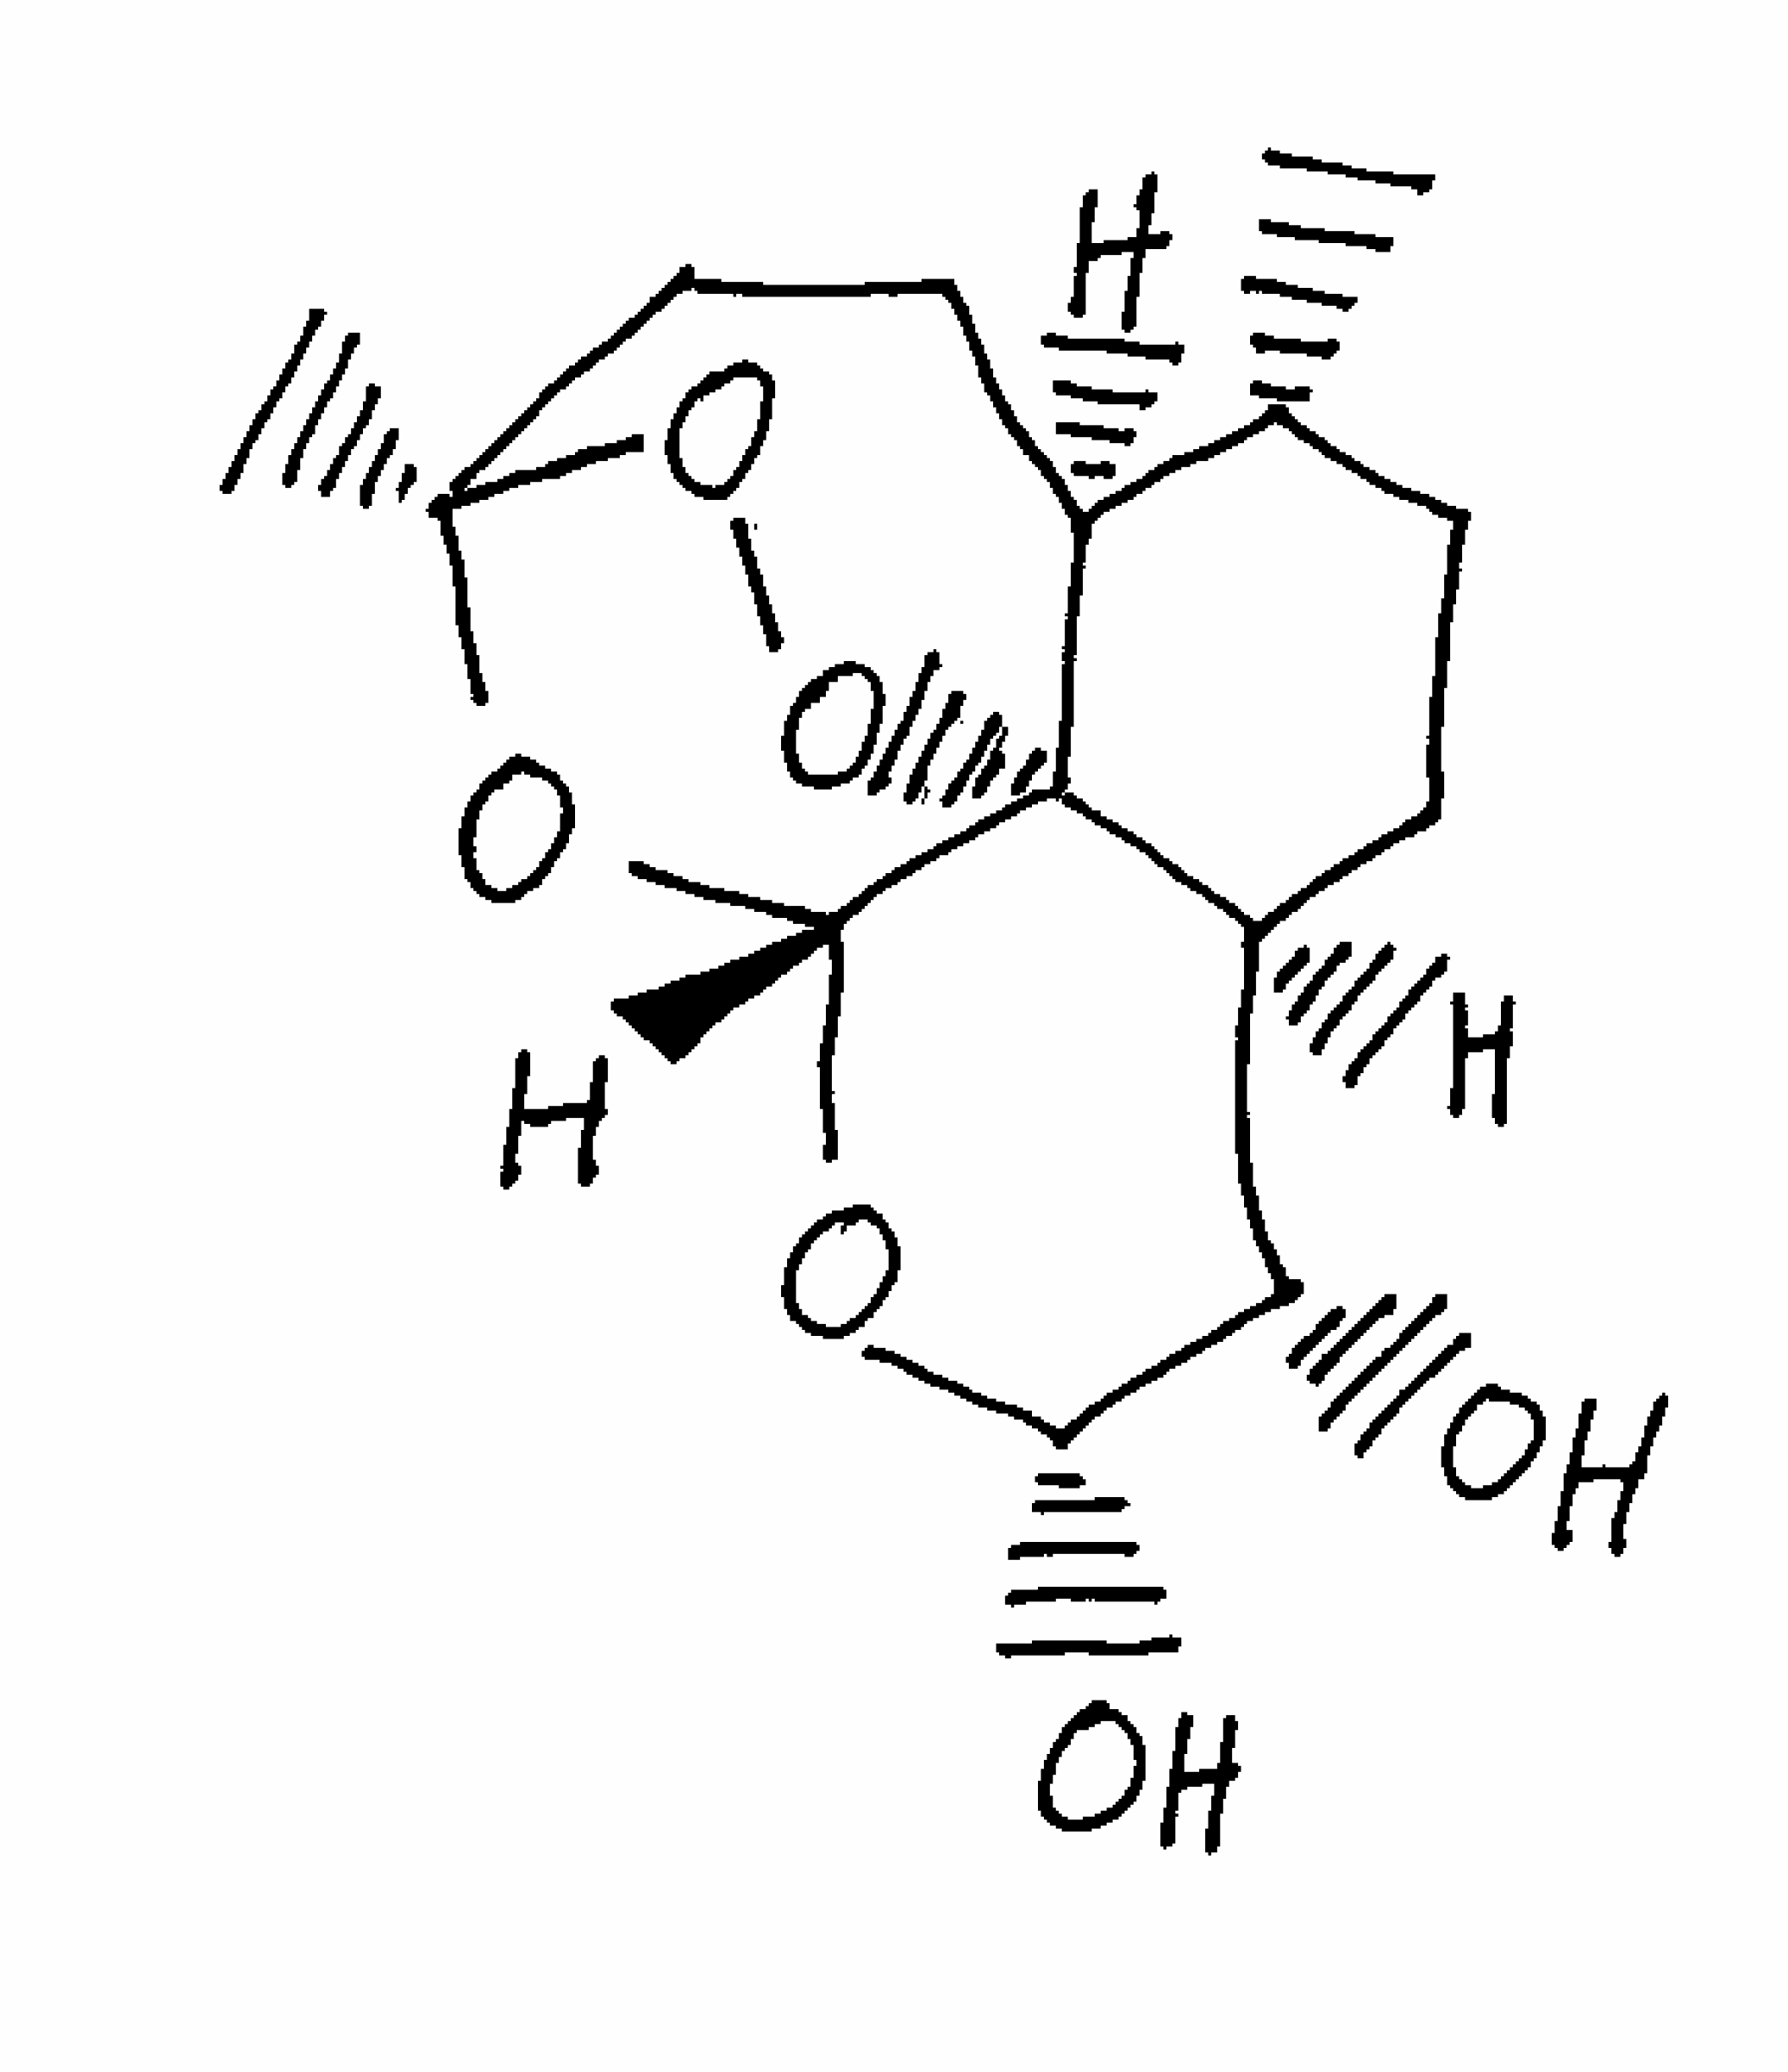
Simplified molecular-input line-entry system (SMILES) notation of the given molecule:
C[C@@H]1CC[C@H]2[C@@H]([C@@H](O[C@H]3[C@@]24[C@H]1CC[C@](O3)(OO4)C)O)O